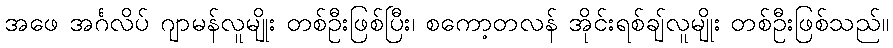
အဖေ အင်္ဂလိပ် ဂျာမန်လူမျိုး တစ်ဦးဖြစ်ပြီး၊ စကော့တလန် အိုင်းရစ်ချ်လူမျိုး တစ်ဦးဖြစ်သည်။